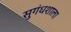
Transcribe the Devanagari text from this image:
सुगंधशाला